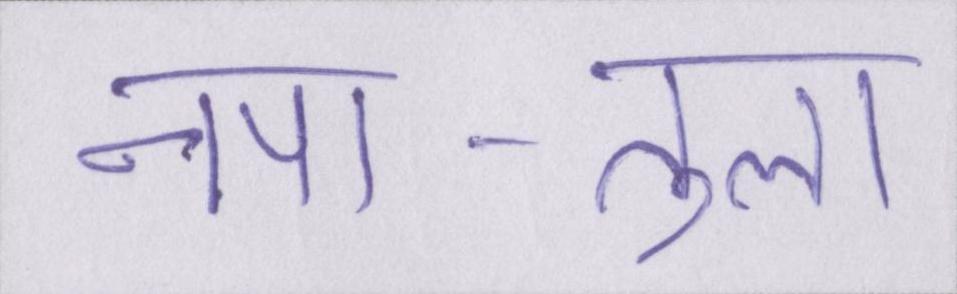
नपा-तुला